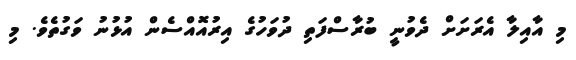
މި އާއިލާ އެރަށަށް ދެވުނީ ބުރާސްފަތި ދުވަހުގެ އިރުއޮއްސެން އުޅުނު ވަގުތެވެ. މި